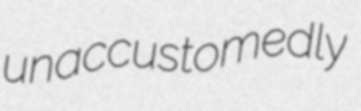
unaccustomedly